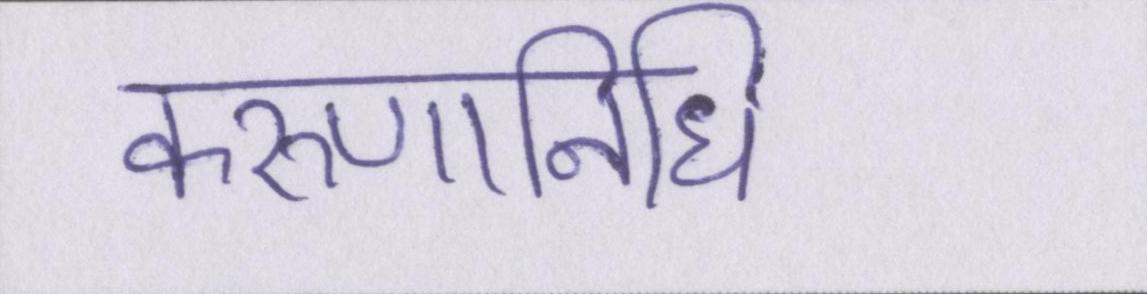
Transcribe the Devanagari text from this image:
करुणानिधि